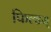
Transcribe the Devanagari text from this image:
फिल्डस्